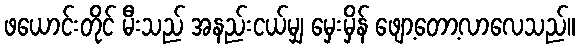
ဖယောင်းတိုင် မီးသည် အနည်းငယ်မျှ မှေးမှိန် ဖျော့တော့လာလေသည်။